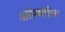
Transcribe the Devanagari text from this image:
असेम्बलीज